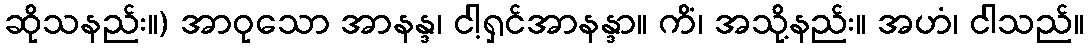
ဆိုသနည်း။) အာဝုသော အာနန္ဒ၊ ငါ့ရှင်အာနန္ဒာ။ ကိံ၊ အသို့နည်း။ အဟံ၊ ငါသည်။